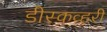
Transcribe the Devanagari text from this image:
डीस्कव्हरी